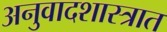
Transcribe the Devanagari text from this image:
अनुवादशास्त्रात